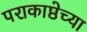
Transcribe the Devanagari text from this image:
पराकाष्ठेच्या